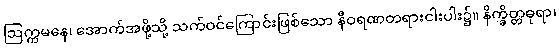
ဩက္ကမနေ၊ အောက်အဖို့သို့ သက်ဝင်ကြောင်းဖြစ်သော နီဝရဏတရားငါးပါး၌။ နိက္ခိတ္တဓုရာ၊